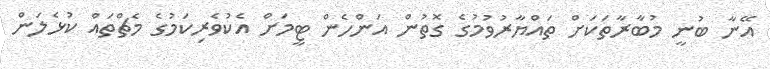
އޭނާ ބުނީ މުބާރާތަކަށް ތައްޔާރުވުމުގެ ގޮތުން އަންހެން ޓީމަށް އެކުވެރިކަމުގެ މެޗްތައް ކުޅެލަން